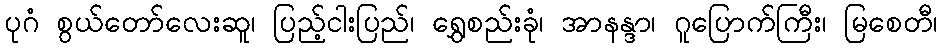
ပုဂံ စွယ်တော်လေးဆူ၊ ပြည့်ငါးပြည်၊ ရွှေစည်းခုံ၊ အာနန္ဒာ၊ ဂူပြောက်ကြီး၊ မြစေတီ၊